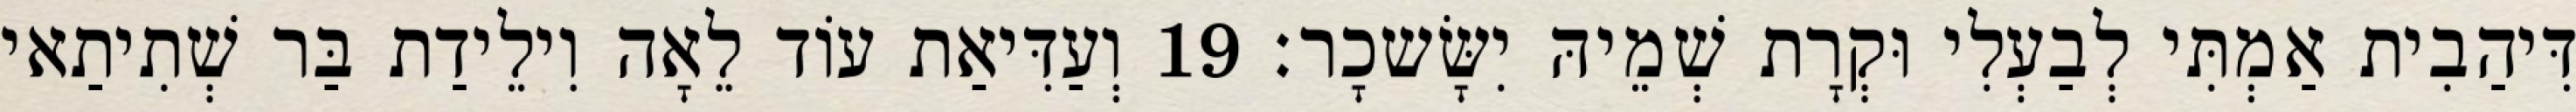
דִּיהַבִית אַמְתִּי לְבַעְלִי וּקְרָת שְׁמֵיהּ יִשָּׂשכָר׃ 19 וְעַדִּיאַת עוֹד לֵאָה וִילֵידַת בַּר שְׁתִיתַאי